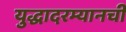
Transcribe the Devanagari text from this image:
युद्धादरम्यानची